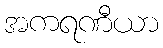
အကရဏီယာ